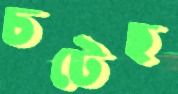
চটেছ